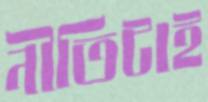
নীতিটাই